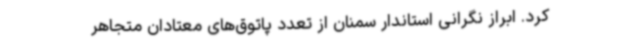
کرد. ابراز نگرانی استاندار سمنان از تعدد پاتوق‌های معتادان متجاهر